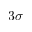
3 \sigma